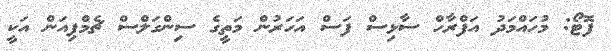
ފޮޓޯ: މުހައްމަދު އަފްރާހް ސާޅިސް ފަސް އަހަރުން މަތީގެ ސިންގަލްސް ޗެމްޕިއަން އަކީ